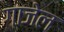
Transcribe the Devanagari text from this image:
गाजेल